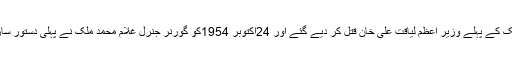
قیام پاکستان کے صرف چار ماہ بعد 16اکتوبر 1951کو ملک کے پہلے وزیر اعظم لیاقت علی خان قتل کر دیے گئے اور 24اکتوبر 1954کو گورنر جنرل غلام محمد ملک نے پہلی دستور ساز اسمبلی جوان کے لئے درد سر بن گئی تھی،برطرف کردی۔